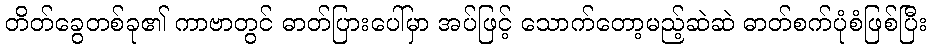
တိတ်ခွေတစ်ခု၏ ကာဗာတွင် ဓာတ်ပြားပေါ်မှာ အပ်ဖြင့် သောက်တော့မည့်ဆဲဆဲ ဓာတ်စက်ပုံစံဖြစ်ပြီး